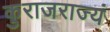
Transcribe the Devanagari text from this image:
कुराजराज्यं